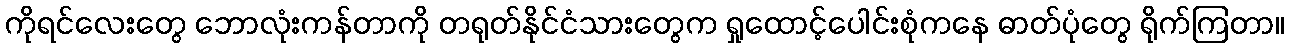
ကိုရင်လေးတွေ ဘောလုံးကန်တာကို တရုတ်နိုင်ငံသားတွေက ရှုထောင့်ပေါင်းစုံကနေ ဓာတ်ပုံတွေ ရိုက်ကြတာ။